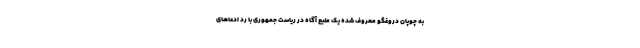
به چوپان دروغگو معروف شده یک منبع آگاه در ریاست جمهوری با رد ادعاهای